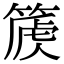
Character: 𥰽